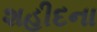
શહીદના